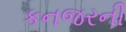
કનજરની